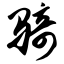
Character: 骑